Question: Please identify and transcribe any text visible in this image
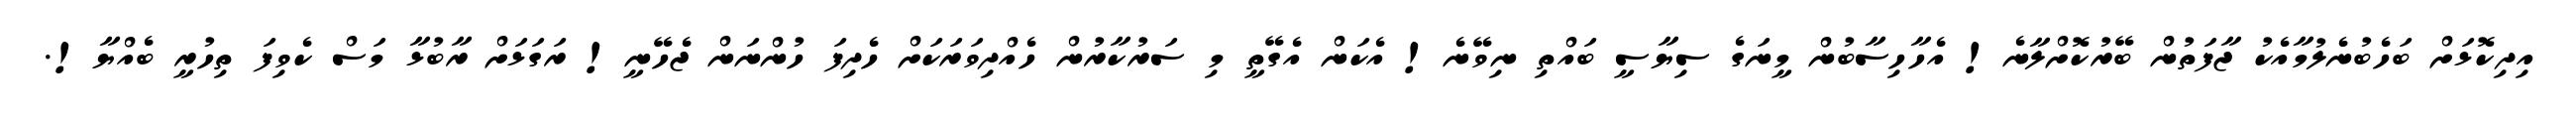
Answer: އިދިކޮޅަށް ބަހެބުނެލުމާއެކު ޖާފަތުން ބޭރުކޮށްލާނެ! އެހާހިސާބުން މީނަގެ ސިޔާސީ ބައްތި ނިވޭނެ! އެކަން އެގޭތީ މި ސަރުކާރުން ހެއްދިވަރަކަށް ހެދިފަ ހުންނަން ޖެހޭނީ! ރަގަޅަށް ރާބުޅާ މަސް ކެވިފަ ތިހުރީ ބެއްޔާ!.